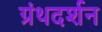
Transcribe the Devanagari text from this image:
ग्रंथदर्शन